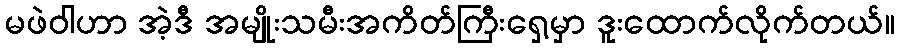
မဖဲဝါဟာ အဲ့ဒီ အမျိုးသမီးအကိတ်ကြီးရှေ့မှာ ဒူးထောက်လိုက်တယ်။